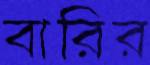
বারির